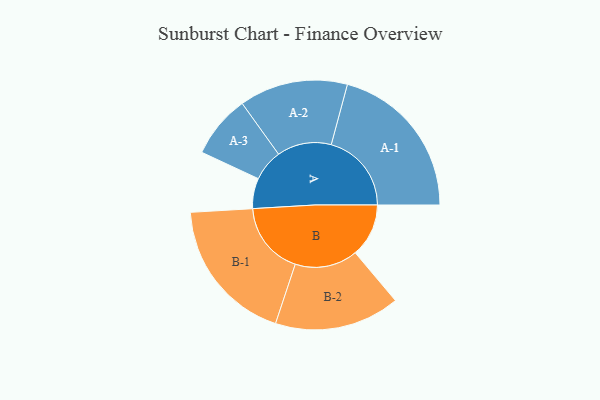
{"axis": {"x": "Segment", "y": "Value"}, "legend": ["", "A", "B"], "data": [{"x": "A", "y": 105, "type": ""}, {"x": "B", "y": 185, "type": ""}, {"x": "A-1", "y": 278, "type": "A"}, {"x": "A-2", "y": 188, "type": "A"}, {"x": "A-3", "y": 109, "type": "A"}, {"x": "B-1", "y": 253, "type": "B"}, {"x": "B-2", "y": 217, "type": "B"}]}